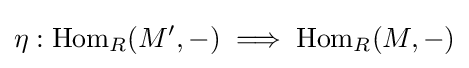
\eta :{\text{Hom}}_{R}(M',-)\implies {\text{Hom}}_{R}(M,-)